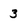
Character: 3